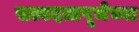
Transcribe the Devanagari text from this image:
सत्यदत्तपूजेच्या